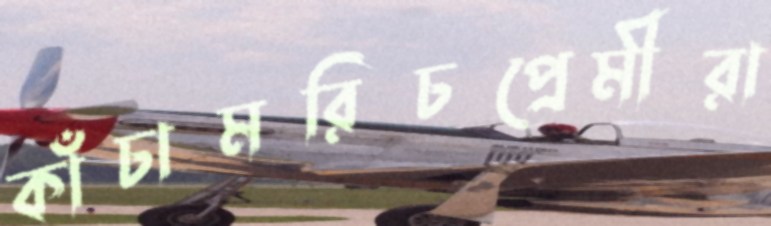
কাঁচামরিচপ্রেমীরা